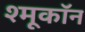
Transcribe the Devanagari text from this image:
श्मूकॉन